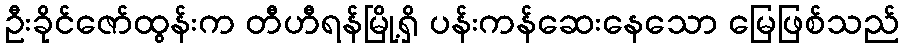
ဦးခိုင်ဇော်ထွန်းက တီဟီရန်မြို့ရှိ ပန်းကန်ဆေးနေသော မြေဖြစ်သည်